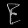
Digit: ၉